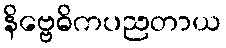
နိဗ္ဗေဓိကပညတာယ